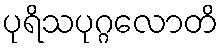
ပုရိသပုဂ္ဂလောတိ